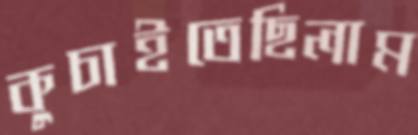
কুচাইতেছিলাম